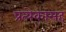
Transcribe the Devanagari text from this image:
प्रत्येकासह